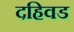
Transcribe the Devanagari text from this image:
दहिवड